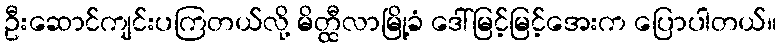
ဦးဆောင်ကျင်းပကြတယ်လို့ မိတ္ထီလာမြို့ခံ ဒေါ်မြင့်မြင့်အေးက ပြောပါတယ်။